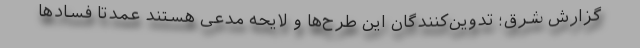
گزارش شرق؛ تدوین‌‌کنندگان این طرح‌ها و لایحه مدعی هستند عمدتا فسادها